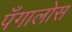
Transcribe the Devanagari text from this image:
पँगालोस